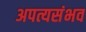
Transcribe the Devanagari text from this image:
अपत्यसंभव